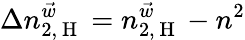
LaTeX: \Delta n_{2,\mathrm{~H~}}^{\vec{w}}=n_{2,\mathrm{~H~}}^{\vec{w}}-n^{2}